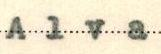
Alva